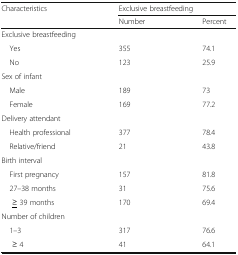
<table><thead><tr><td rowspan="2"><b>Characteristics</b></td><td colspan="2"><b>Exclusive breastfeeding</b></td></tr><tr><td><b>Number</b></td><td><b>Percent</b></td></tr></thead><tbody><tr><td colspan="3">Exclusive breastfeeding</td></tr><tr><td> Yes</td><td>355</td><td>74.1</td></tr><tr><td> No</td><td>123</td><td>25.9</td></tr><tr><td colspan="3">Sex of infant</td></tr><tr><td> Male</td><td>189</td><td>73</td></tr><tr><td> Female</td><td>169</td><td>77.2</td></tr><tr><td colspan="3">Delivery attendant</td></tr><tr><td> Health professional</td><td>377</td><td>78.4</td></tr><tr><td> Relative/friend</td><td>21</td><td>43.8</td></tr><tr><td colspan="3">Birth interval</td></tr><tr><td> First pregnancy</td><td>157</td><td>81.8</td></tr><tr><td> 27–38 months</td><td>31</td><td>75.6</td></tr><tr><td><underline>≥</underline> 39 months</td><td>170</td><td>69.4</td></tr><tr><td colspan="3">Number of children</td></tr><tr><td> 1–3</td><td>317</td><td>76.6</td></tr><tr><td>≥ 4</td><td>41</td><td>64.1</td></tr></tbody></table>